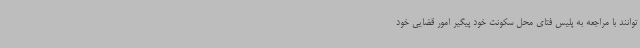
‌توانند با مراجعه به پلیس فتای محل سکونت خود پیگیر امور قضایی خود